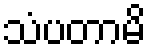
သံပတာမိ